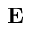
\mathbf { E }